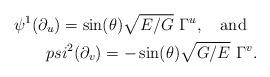
LaTeX: \begin{align*}\psi^1(\partial_u)=\sin(\theta)\sqrt{E/G}\ \Gamma^u,\ \ \ {\rm and}\ \ \\psi^2(\partial_v)=-\sin(\theta)\sqrt{G/E}\ \Gamma^v.\end{align*}